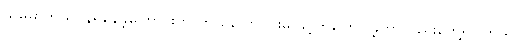
သူမမှာကိုယ်ဝန်ရှိနေခဲ့ကြောင်းကို က နောက်ပိုင်းမှ ဖွင့်ဟပြောပြခဲ့တာလည်းတွေ့ရပါတယ်။